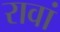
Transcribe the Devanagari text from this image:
रावां